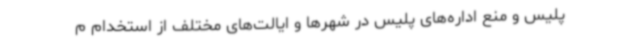
پلیس و منع اداره‌های پلیس در شهرها و ایالت‌های مختلف از استخدام م